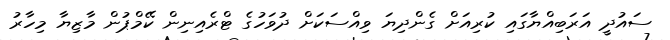
ސައުދީ އަރަބިއްޔާގައި ކުރިއަށް ގެންދިޔަ ވިއްސަކަށް ދުވަހުގެ ޓްރެއިނިން ކޭމްޕުން މާޒިޔާ މިހާރު